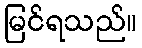
မြင်ရသည်။